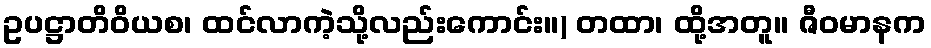
ဥပဋ္ဌာတိဝိယစ၊ ထင်လာကဲ့သို့လည်းကောင်း။) တထာ၊ ထို့အတူ။ ဇီဝမာနက